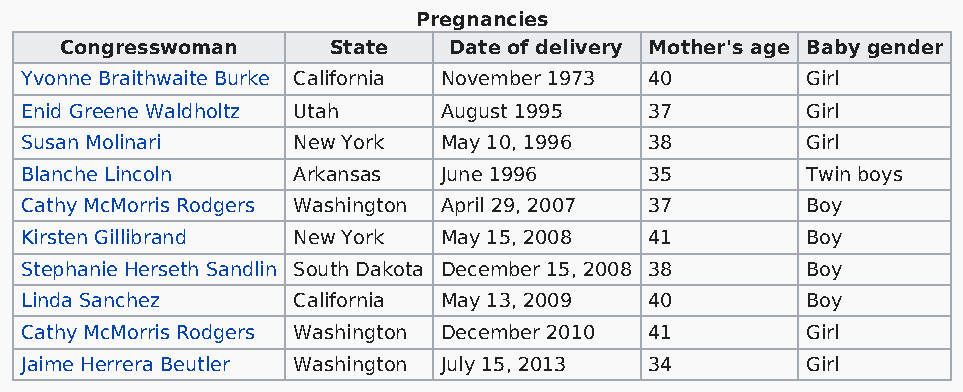
Pregnancies
 Congresswoman     State   Date of delivery Mother's age Baby gender
 Yvonne Braithwaite Burke California November 1973 40 Girl
 Enid Greene Waldholtz Utah  August 1995   37        Girl
 Susan Molinari    New York  May 10, 1996  38        Girl
 Blanche Lincoln   Arkansas  June 1996     35        Twin boys
 Cathy McMorris Rodgers Washington April 29, 2007 37 Boy
 Kirsten Gillibrand New York May 15, 2008  41        Boy
 Stephanie Herseth Sandlin South Dakota December 15, 2008 38 Boy
 Linda Sanchez     California May 13, 2009 40        Boy
 Cathy McMorris Rodgers Washington December 2010 41  Girl
 Jaime Herrera Beutler Washington July 15, 2013 34   Girl